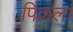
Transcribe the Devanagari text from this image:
पिकला